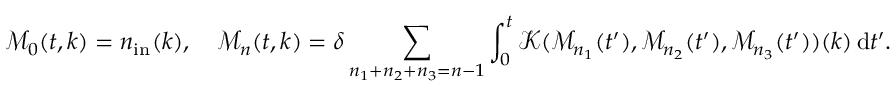
\mathcal M _ { 0 } ( t , k ) = n _ { \mathrm { i n } } ( k ) , \quad \mathcal M _ { n } ( t , k ) = \delta \sum _ { n _ { 1 } + n _ { 2 } + n _ { 3 } = n - 1 } \int _ { 0 } ^ { t } \mathcal K ( \mathcal M _ { n _ { 1 } } ( t ^ { \prime } ) , \mathcal M _ { n _ { 2 } } ( t ^ { \prime } ) , \mathcal M _ { n _ { 3 } } ( t ^ { \prime } ) ) ( k ) \, \mathrm { d } t ^ { \prime } .